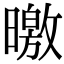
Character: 曒